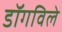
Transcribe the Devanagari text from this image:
डॉगविले